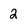
Character: 2